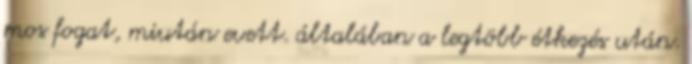
mos fogat, miután evett. általában a legtöbb étkezés után.